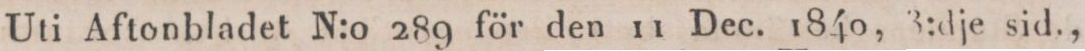
Uti Aftonbladet N:o 289 för den 11 Dec. 1840, 3:dje sid.,